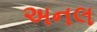
અનલ